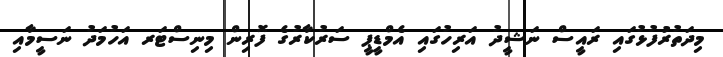
މިދަތުރުފުޅުގައި ރައީސް ނަޝީދު އަރިހުގައި އެމްޑީޕީ ސަރުކާރުގެ ފޮރިން މިނިސްޓަރ އަހުމަދު ނަސީމާއި